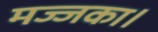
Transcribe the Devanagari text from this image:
मज्जका।